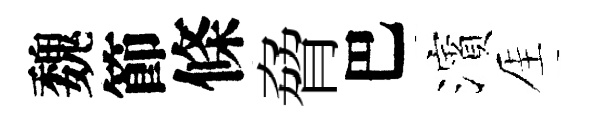
魏節條脅巴濱厓